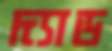
দ্যাড